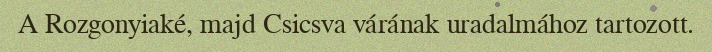
A Rozgonyiaké, majd Csicsva várának uradalmához tartozott.